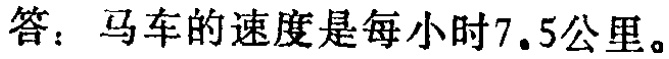
答：马车的速度是每小时7.5公里。